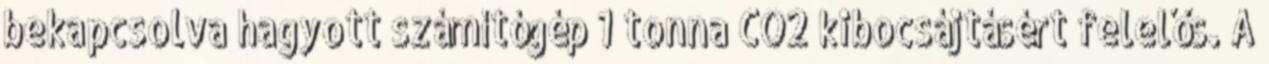
bekapcsolva hagyott számítógép 1 tonna CO2 kibocsájtásért felelős. A